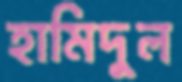
হামিদুল